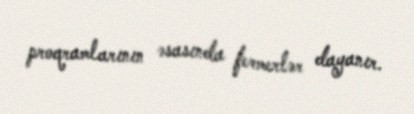
proqramlarının əsasında fermerlər dayanır.